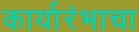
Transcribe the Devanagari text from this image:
कार्यारंभाचा